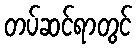
တပ်ဆင်ရာတွင်